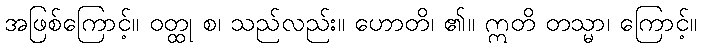
အဖြစ်ကြောင့်။ ဝတ္ထု စ၊ သည်လည်း။ ဟောတိ၊ ၏။ ဣတိ တသ္မာ၊ ကြောင့်။